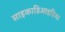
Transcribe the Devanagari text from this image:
साइकाडिआइडिया